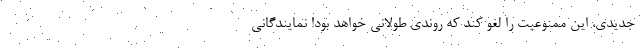
جدیدی، این ممنوعیت را لغو کند که روندی طولانی خواهد بود! نمایندگانی